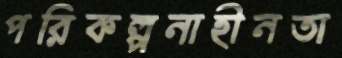
পরিকল্পনাহীনতা